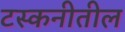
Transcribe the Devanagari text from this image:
टस्कनीतील